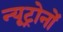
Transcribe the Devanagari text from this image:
न्यूट्रोनों